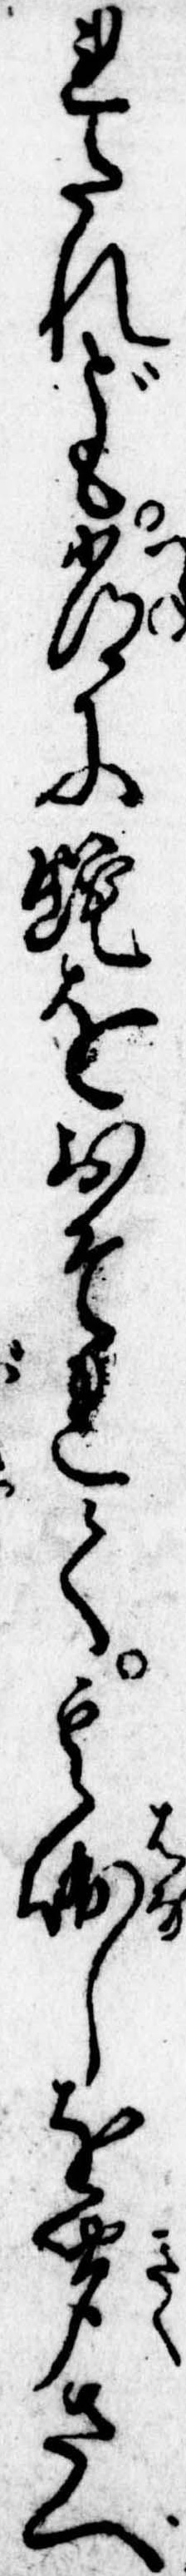
れたれども常に蛇をおそれて其噺しを聞さへ